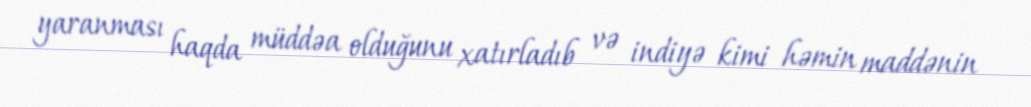
yaranması haqda müddəa olduğunu xatırladıb və indiyə kimi həmin maddənin